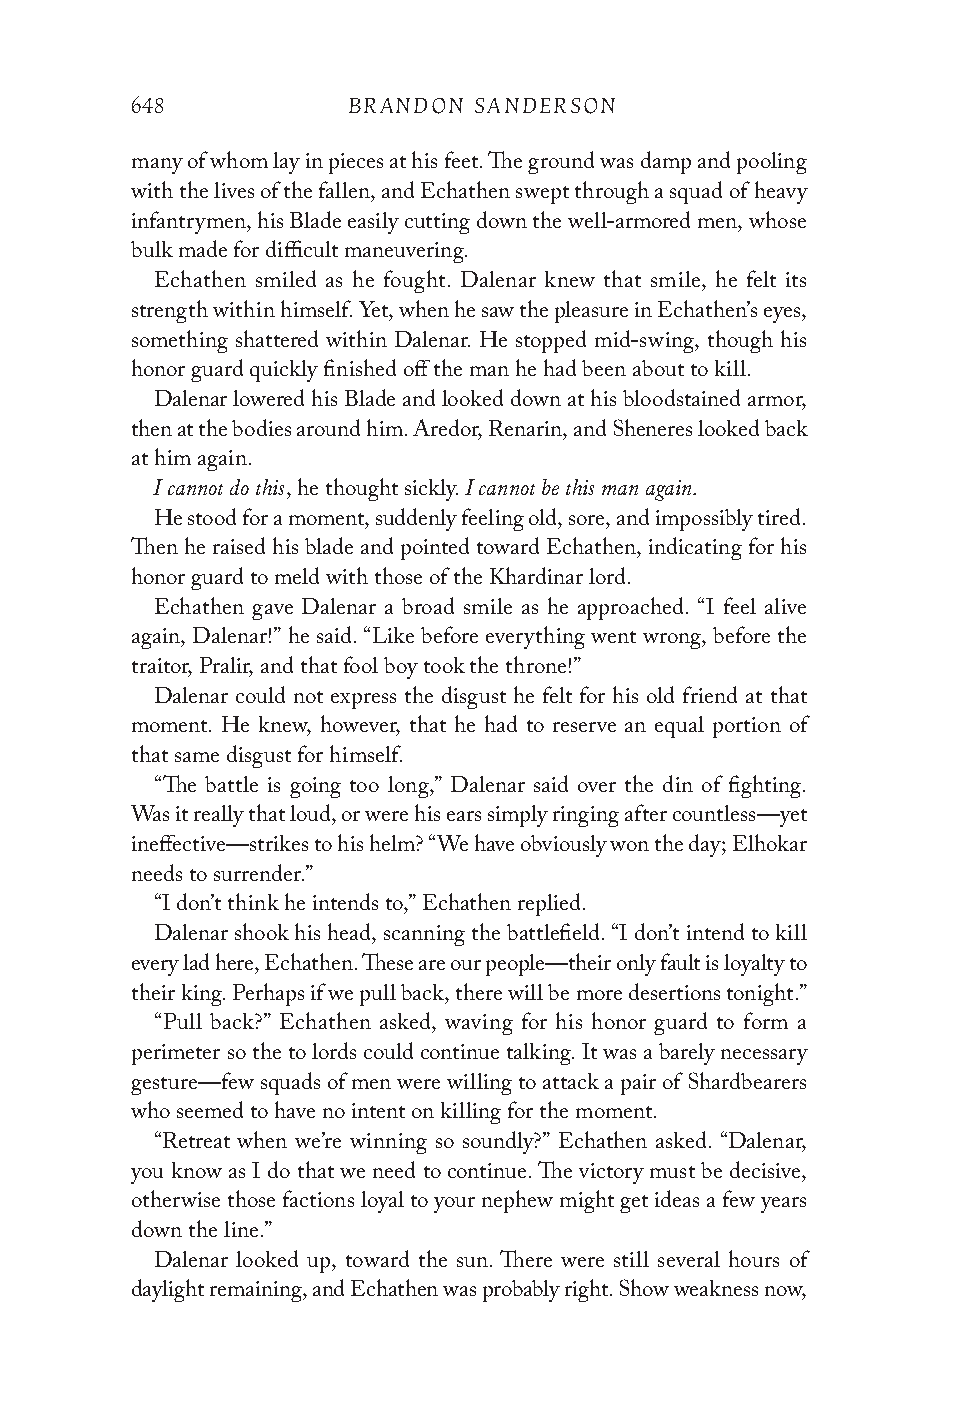
648           BRANDON SANDERSON
 many of whom lay in pieces at his feet. The ground was damp and pooling
 with the lives of the fallen, and Echathen swept through a squad of heavy
 infantrymen, his Blade easily cutting down the well-armored men, whose
 bulk made for difficult maneuvering.
 Echathen smiled as he fought. Dalenar knew that smile, he felt its
 strength within himself. Yet, when he saw the pleasure in Echathen’s eyes,
 something shattered within Dalenar. He stopped mid-swing, though his
 honor guard quickly finished off the man he had been about to kill.
 Dalenar lowered his Blade and looked down at his bloodstained armor,
 then at the bodies around him. Aredor, Renarin, and Sheneres looked back
 at him again.
 I cannot do this     I cannot be this man again.
 , he thought sickly.
 He stood for a moment, suddenly feeling old, sore, and impossibly tired.
 Then he raised his blade and pointed toward Echathen, indicating for his
 honor guard to meld with those of the Khardinar lord.
 Echathen gave Dalenar a broad smile as he approached. “I feel alive
 again, Dalenar!” he said. “Like before everything went wrong, before the
 traitor, Pralir, and that fool boy took the throne!”
 Dalenar could not express the disgust he felt for his old friend at that
 moment. He knew, however, that he had to reserve an equal portion of
 that same disgust for himself.
 “The battle is going too long,” Dalenar said over the din of fighting.
 Was it really that loud, or were his ears simply ringing after countless—yet
 ineffective—strikes to his helm? “We have obviously won the day; Elhokar
 needs to surrender.”
 “I don’t think he intends to,” Echathen replied.
 Dalenar shook his head, scanning the battlefield. “I don’t intend to kill
 every lad here, Echathen. These are our people—their only fault is loyalty to
 their king. Perhaps if we pull back, there will be more desertions tonight.”
 “Pull back?” Echathen asked, waving for his honor guard to form a
 perimeter so the to lords could continue talking. It was a barely necessary
 gesture—few squads of men were willing to attack a pair of Shardbearers
 who seemed to have no intent on killing for the moment.
 “Retreat when we’re winning so soundly?” Echathen asked. “Dalenar,
 you know as I do that we need to continue. The victory must be decisive,
 otherwise those factions loyal to your nephew might get ideas a few years
 down the line.”
 Dalenar looked up, toward the sun. There were still several hours of
 daylight remaining, and Echathen was probably right. Show weakness now,